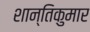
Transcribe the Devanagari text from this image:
शान्तिकुमार